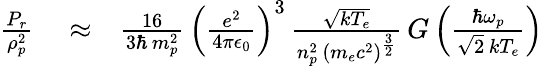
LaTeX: \begin{array}{rlr}{\frac{P_{r}}{\rho_{p}^{2}}}&{{}\approx}&{\frac{16}{3\hbar\, m_{p}^{2}}\, \left(\frac{e^{2}}{4\pi\epsilon_{0}}\right)^{3}\, \frac{\sqrt{kT_{e}}}{n_{p}^{2}\, \left(m_{e}c^{2}\right)^{\frac{3}{2}}}\, G\left(\frac{\hbar\omega_{p}}{\sqrt{2}\, kT_{e}}\right)}\end{array}